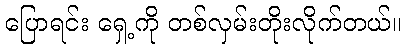
ပြောရင်း ရှေ့ကို တစ်လှမ်းတိုးလိုက်တယ်။